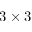
3 \times 3